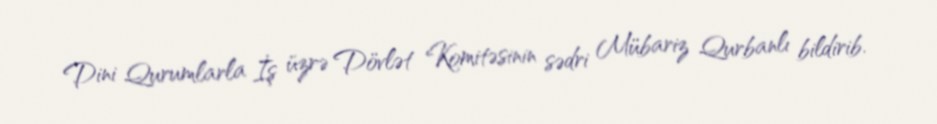
Dini Qurumlarla İş üzrə Dövlət Komitəsinin sədri Mübariz Qurbanlı bildirib.